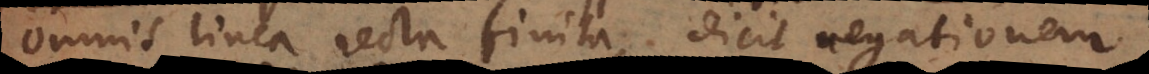
Omnis linea recta finita, dicit negationem